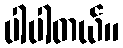
ပါပါတယ်။